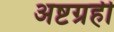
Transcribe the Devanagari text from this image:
अष्टग्रही